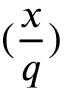
( { \frac { x } { q } } )